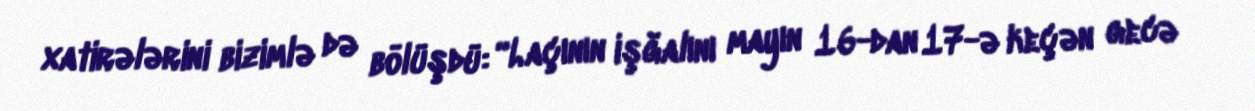
xatirələrini bizimlə də bölüşdü: “Laçının işğalını mayın 16-dan 17-ə keçən gecə